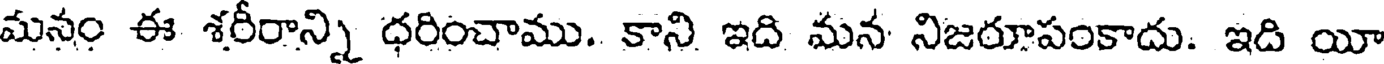
మనం ఈ శరీరాన్ని ధరించాము. కాని ఇది మన నిజరూపంకాదు. ఇది యీ